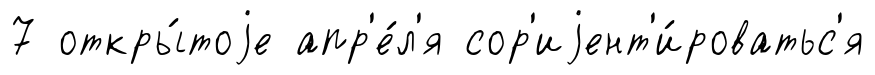
7 откры́тоjе апр'е́л'я сор'иjент'и́роватьс'я